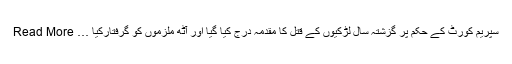
سپریم کورٹ کے حکم پر گزشتہ سال لڑکیوں کے قتل کا مقدمہ درج کیا گیا اور آٹھ ملزموں کو گرفتارکیا … Read More